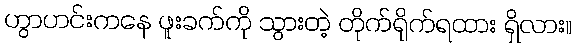
ဟွာဟင်းကနေ ဖူးခက်ကို သွားတဲ့ တိုက်ရိုက်ရထား ရှိလား။